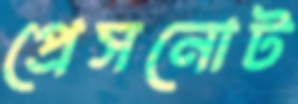
প্রেসনোট